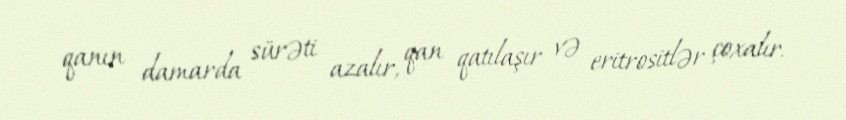
qanın damarda sürəti azalır, qan qatılaşır və eritrositlər çoxalır.